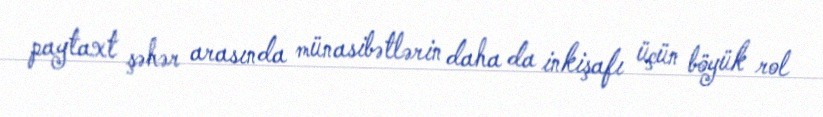
paytaxt şəhər arasında münasibətlərin daha da inkişafı üçün böyük rol